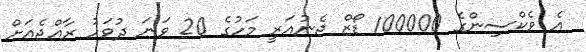
އެ ވެކްސިންގެ 100000 ޑޯޒް ޖެނުއަރީ މަހުގެ 20 ވަނަ ދުވަހު ރާއްޖެއަށް